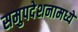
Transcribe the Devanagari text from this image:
समुपदेशनामध्ये